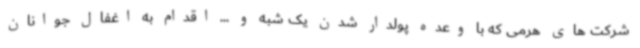
شرکت های هرمی که با وعده پولدار شدن یک شبه و ... اقدام به اغفال جوانان